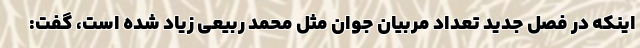
اینکه در فصل جدید تعداد مربیان جوان مثل محمد ربیعی زیاد شده است، گفت: